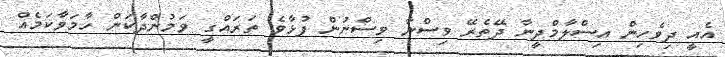
އެއީ ދިވެހިން އިސްލާމްދީނާ ދޭތެރޭ ވިސްނާ ވިސްނުން ފުޅާވެ ތަރައްގީ ވަމުންދާކަން ހާމަވާކަމެއް